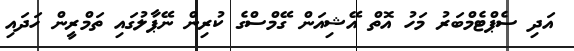
އަދި ސެޕްޓެމްބަރު މަހު އޮތް އޭޝިއަން ގޭމްސްގެ ކުރިން ނޭޕާލުގައި ތަމްރީން ހަދައި